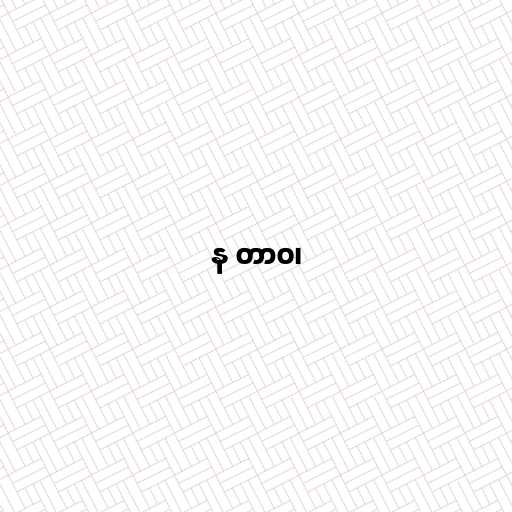
န တာဝ၊